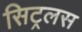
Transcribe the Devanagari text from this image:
सिट्रलस